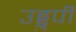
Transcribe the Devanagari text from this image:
उड्डुपी